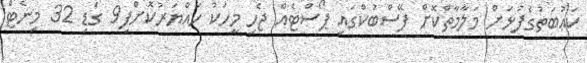
ކަޢުބަތުގެފުޅަށް މަލާމާތްކޮށް ފޭސްބުކްގައި ޕޯސްޓެއް ޖެހި މީހަކު ހައްޔަރުކޮށްފި9 ގަޑި 32 މިނެޓް